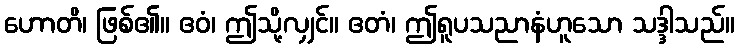
ဟောတိ၊ ဖြစ်၏။ ဧဝံ၊ ဤသို့လျှင်။ ဧတံ၊ ဤရူပသညာနံဟူသော သဒ္ဒါသည်။